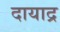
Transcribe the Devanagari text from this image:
दायाद्र